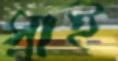
স্রাই